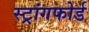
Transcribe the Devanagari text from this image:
स्ट्रांगफोर्ड